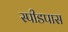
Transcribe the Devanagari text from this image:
स्पीडपास